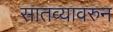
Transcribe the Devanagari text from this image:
सातव्यावरुन